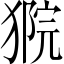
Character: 𤠴